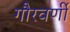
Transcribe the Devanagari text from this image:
गौरवर्णी